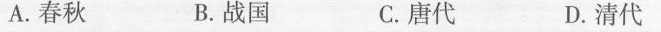
A.春秋 B.战国 C.唐代 D.清代